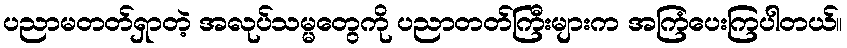
ပညာမတတ်ရှာတဲ့ အလုပ်သမ္မတွေကို ပညာတတ်ကြီးများက အကြံပေးကြပါတယ်။